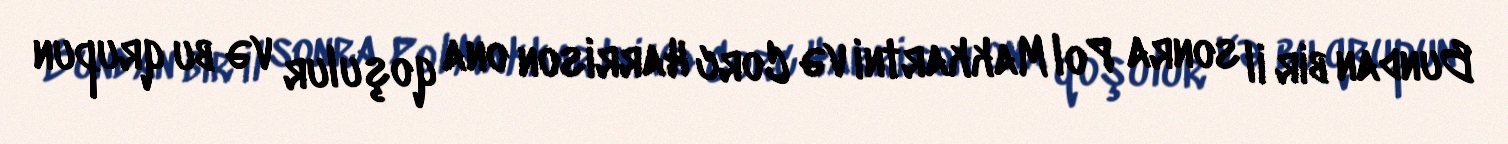
Bundan bir il sonra Pol Makkartni və Corc Harrison ona qoşulur və bu qrupun